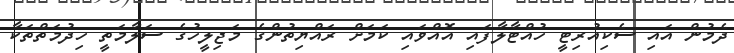
ދެމުން އައި ސެކިއުރިޓީ ހުއްޓާލާފައި އޮއްވައި ކަމަށް ރައްޔިތުންގެ މަޖިލީހުގެ ސަލާމަތީ ހިދުމަތްތަކާ